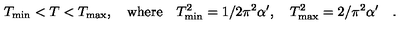
T _ { \mathrm { m i n } } < T < T _ { \mathrm { m a x } } , \quad \mathrm { w h e r e } \quad T _ { \mathrm { m i n } } ^ { 2 } = 1 / 2 \pi ^ { 2 } \alpha ^ { \prime } , \quad T _ { \mathrm { m a x } } ^ { 2 } = 2 / \pi ^ { 2 } \alpha ^ { \prime } \quad .